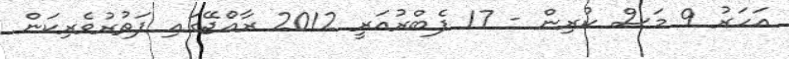
އަހަރު 9 މަސް ކުރިން - 17 ފެބްރުއަރީ 2012 ރާއްޖޭގައި ފަތުރުވެރިކަން